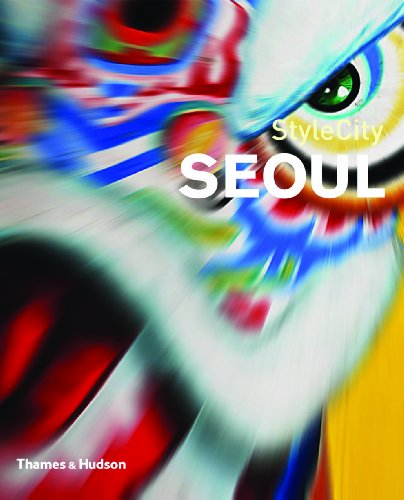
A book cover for StyleCity Seoul (StyleCity); Martin Zatko; Travel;